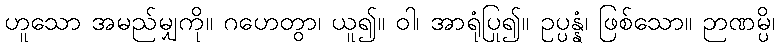
ဟူသော အမည်မျှကို။ ဂဟေတွာ၊ ယူ၍။ ဝါ၊ အာရုံပြု၍။ ဥပ္ပန္နံ၊ ဖြစ်သော။ ဉာဏမ္ပိ၊